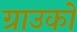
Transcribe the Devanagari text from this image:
ग्राउको